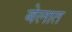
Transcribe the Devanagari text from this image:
बेलात